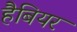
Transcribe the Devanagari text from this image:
हैबियर